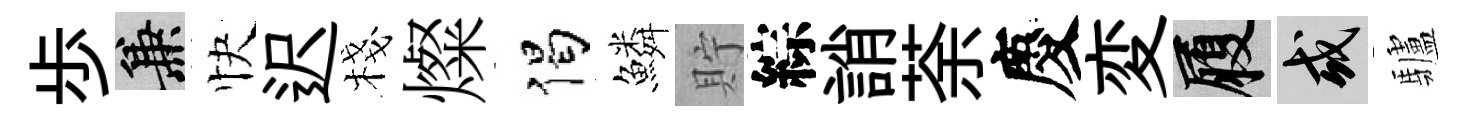
歩兼快迟棧燦偈鱗貯綜誚荼慶変履或驢